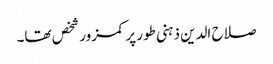
صلاح الدین ذہنی طور پر کمزور شخص تھا۔